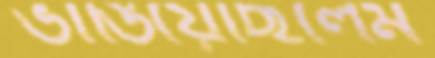
ভাঙিয়েছিলেম